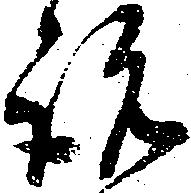
説